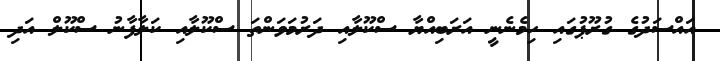
އައްސަދުގެ ގުރޫޕުގައި ހިމެނެނީ އަރަބިއްޔާ ސްކޫލާއި ދަރުމަވަންތަ ސްކޫލާއި ކަލާފާނު ސްކޫލް އަދި